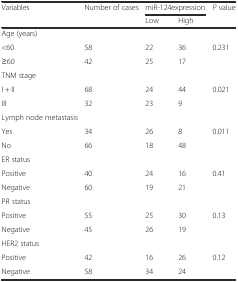
| Variables | Number of cases | <COLSPAN=2> miR-124expression | P value |
 |  |  | Low | High |  |
 | --- | --- | --- | --- | --- |
 | Age (years) |  |  |  |  |
 | <60 | 58 | 22 | 36 | 0.231 |
 | ≥60 | 42 | 25 | 17 |  |
 | TNM stage |  |  |  |  |
 | I + II | 68 | 24 | 44 | 0.021 |
 | III | 32 | 23 | 9 |  |
 | Lymph node metastasis |  |  |  |  |
 | Yes | 34 | 26 | 8 | 0.011 |
 | No | 66 | 18 | 48 |  |
 | ER status |  |  |  |  |
 | Positive | 40 | 24 | 16 | 0.41 |
 | Negative | 60 | 19 | 21 |  |
 | PR status |  |  |  |  |
 | Positive | 55 | 25 | 30 | 0.13 |
 | Negative | 45 | 26 | 19 |  |
 | HER2 status |  |  |  |  |
 | Positive | 42 | 16 | 26 | 0.12 |
 | Negative | 58 | 34 | 24 |  |